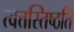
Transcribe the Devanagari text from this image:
त्वत्तस्तिष्ठति